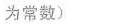
为常数)